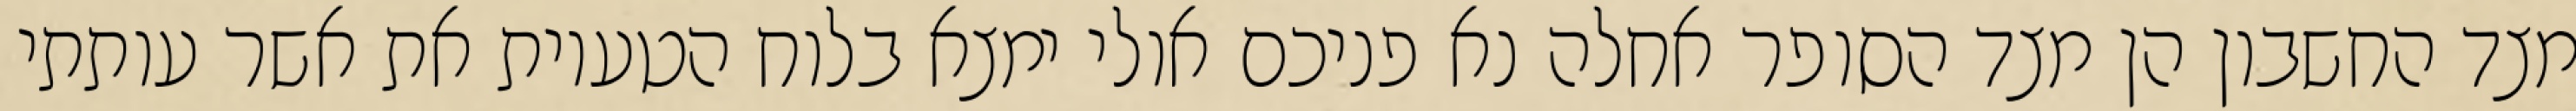
מצד החשבון הן מצד הסופר אחלה נא פניכם אולי ימצא בלוח הטעיות את אשר עותתי